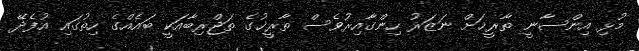
މުޅި އިންސާނީ ތާރީޚަށް ނަޒަރު ހިންގާއިރުވެސް ތާރީޚުގެ ތަޖްރިބާއަކީ ބައެއްގެ ހިތުގައި އުފެދޭ